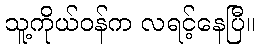
သူ့ကိုယ်ဝန်က လရင့်နေပြီ။